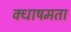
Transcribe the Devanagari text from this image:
क्धाषमता